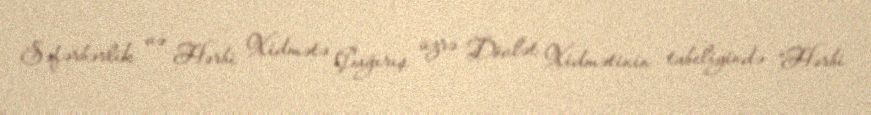
Səfərbərlik və Hərbi Xidmətə Çağırış üzrə Dövlət Xidmətinin tabeliyində “Hərbi